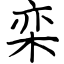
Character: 栾